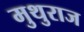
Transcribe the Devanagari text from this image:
मुथुराज